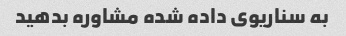
به سناریوی داده شده مشاوره بدهید